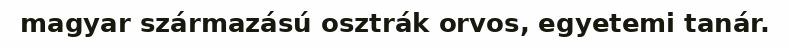
magyar származású osztrák orvos, egyetemi tanár.